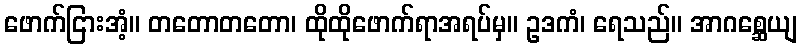
ဖောက်ငြားအံ့။ တတောတတော၊ ထိုထိုဖောက်ရာအရပ်မှ။ ဥဒကံ၊ ရေသည်။ အာဂစ္ဆေယျ